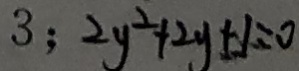
3 ; 2 y ^ { 2 } + 2 y + 1 = 0